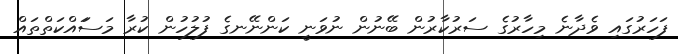
ފަހަރުގައި ވެދާނެ މިހާރުގެ ސަރުކާރުން ބޭނުން ނުވަނީ ކަންނޭނގެ ފުލުހުން ކުރާ މަސަައްކަތްތައް